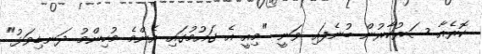
ކޮރެއާ ސަރުކާރުން ބުނެފައި ވަނީ "މިއީ އެ ގައުމުގައި އެންމެ މުހިންމު ދަނޑިވަޅު"